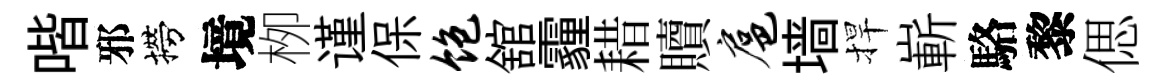
喈邪撈境栁谨保饱舘霾耤贖扈墙捍嶄駱黎偲